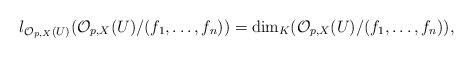
LaTeX: \begin{align*}l_{\mathcal{O}_{p,X}(U)}(\mathcal{O}_{p,X}(U)/(f_1,\ldots,f_n))=\dim_{K} (\mathcal{O}_{p,X}(U)/(f_1,\ldots,f_n))\mbox{,}\end{align*}